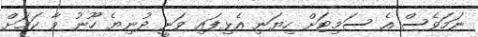
ނަމަވެސް އެ ސަމިޓަށް ހިޔަނި އެޅިފައި ވަނީ ދުނިޔެ ހޫނު ވާ ކަމަށް